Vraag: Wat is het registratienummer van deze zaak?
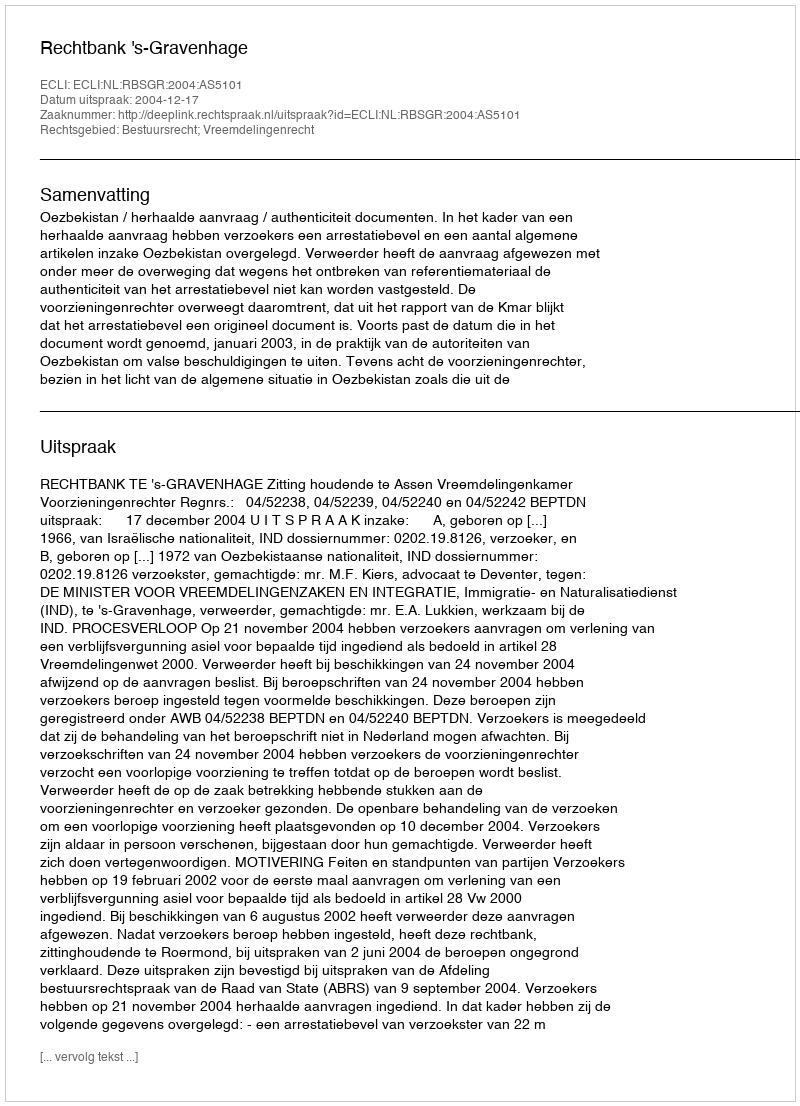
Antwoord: http://deeplink.rechtspraak.nl/uitspraak?id=ECLI:NL:RBSGR:2004:AS5101